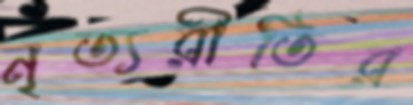
নৃত্যরীতির